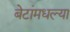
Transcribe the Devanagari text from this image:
बेटांमधल्या